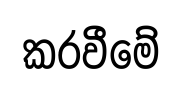
කරවීමේ